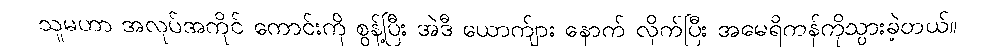
သူမဟာ အလုပ်အကိုင် ကောင်းကို စွန့်ပြီး အဲဒီ ယောက်ျား နောက် လိုက်ပြီး အမေရိကန်ကိုသွားခဲ့တယ်။